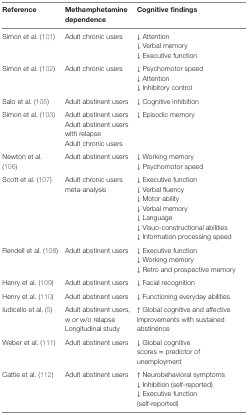
| Reference | Methamphetamine dependence | Cognitive findings |
 | --- | --- | --- |
 | <ROWSPAN=3> Simon et al. (101) | <ROWSPAN=3> Adult chronic users | ↓ Attention |
 | ↓ Verbal memory |
 | ↓ Executive function |
 | <ROWSPAN=3> Simon et al. (102) | <ROWSPAN=3> Adult chronic users | ↓ Psychomotor speed |
 | ↓ Attention |
 | ↓ Inhibitory control |
 | Salo et al. (105) | Adult abstinent users | ↓ Cognitive inhibition |
 | <ROWSPAN=3> Simon et al. (103) | Adult abstinent users | <ROWSPAN=3> ↓ Episodic memory |
 | Adult abstinent users with relapse |
 | Adult chronic users |
 | <ROWSPAN=2> Newton et al. (106) | <ROWSPAN=2> Adult abstinent users | ↓ Working memory |
 | ↓ Psychomotor speed |
 | <ROWSPAN=7> Scott et al. (107) | <ROWSPAN=7> Adult chronic users meta-analysis | ↓ Executive function |
 | ↓ Verbal fluency |
 | ↓ Motor ability |
 | ↓ Verbal memory |
 | ↓ Language |
 | ↓ Visuo-constructional abilities |
 | ↓ Information processing speed |
 | <ROWSPAN=3> Rendell et al. (108) | <ROWSPAN=3> Adult abstinent users | ↓ Executive function |
 | ↓ Working memory |
 | ↓ Retro and prospective memory |
 | Henry et al. (109) | Adult abstinent users | ↓ Facial recognition |
 | Henry et al. (110) | Adult abstinent users | ↓ Functioning everyday abilities |
 | <ROWSPAN=2> Iudicello et al. (5) | Adult abstinent users, w or w/o relapse | <ROWSPAN=2> ↑ Global cognitive and affective improvements with sustained abstinence |
 | Longitudinal study |
 | Weber et al. (111) | Adult abstinent users | ↓ Global cognitive scores = predictor of unemployment |
 | <ROWSPAN=3> Cattie et al. (112) | <ROWSPAN=3> Adult abstinent users | ↑ Neurobehavioral symptoms |
 | ↓ Inhibition (self-reported) |
 | ↓ Executive function (self-reported) |